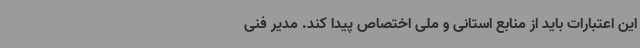
این اعتبارات باید از منابع استانی و ملی اختصاص پیدا کند. مدیر فنی